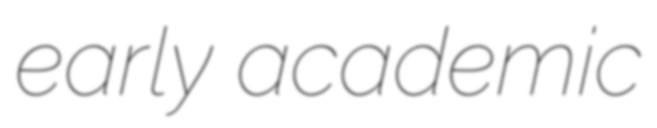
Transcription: early academic